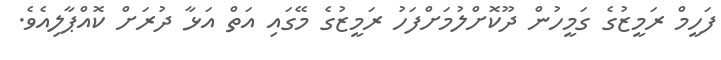
ފަހީމް ރަމީޒުގެ ގަމީހުން ދޫކޮށްލުމަށްފަހު ރަމީޒުގެ މޭގައި އަތް އަޅާ ދުރަށް ކޮއްޕާލިއެވެ.